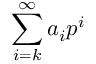
\sum _ { i = k } ^ { \infty } a _ { i } p ^ { i }